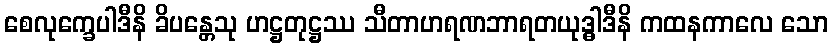
စေလုက္ခေပါဒီနိ ခိပန္တေသု ဟဋ္ဌတုဋ္ဌဿ သီတာဟရဏဘာရတယုဒ္ဓါဒီနိ ကထနကာလေ သော